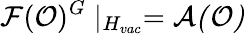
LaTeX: \mathcal{F}(\mathcal{O})^{G}\mid_{H_{vac}}=\mathcal{A(O)}